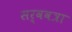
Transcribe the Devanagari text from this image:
सर्ववत्रा